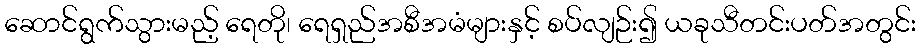
ဆောင်ရွက်သွားမည့် ရေတို၊ ရေရှည်အစီအမံများနှင့် စပ်လျဉ်း၍ ယခုသီတင်းပတ်အတွင်း